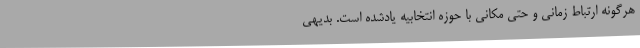
هرگونه ارتباط زمانی و حتی مکانی با حوزه انتخابیه یادشده است. بدیهی